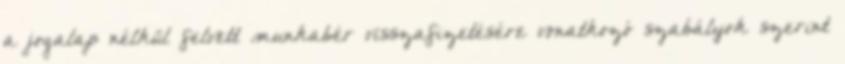
a jogalap nélkül felvett munkabér visszafizetésére vonatkozó szabályok szerint